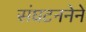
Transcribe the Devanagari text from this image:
संघटननेने